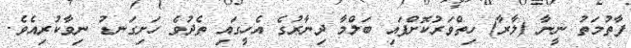
ފާތުމަތު ނީނާ (ލާރާ) ހިތްވަރުކޮށްފައި ބަލްމާ ދިނާރުގެ އެހީގައި ތެދުވެ ހަށިގަނޑު ނިވާކުރިއެވެ.